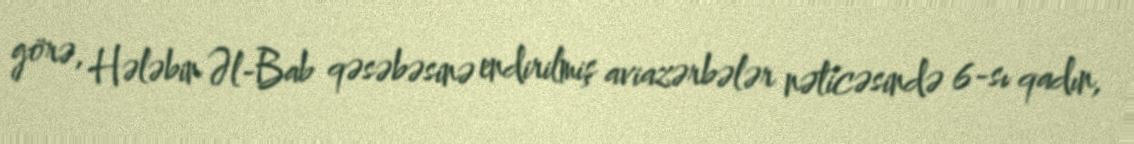
görə, Hələbin Əl-Bab qəsəbəsinə endirilmiş aviazərbələr nəticəsində 6-sı qadın,